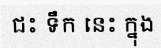
ជះ ទឹក នេះ ក្នុង